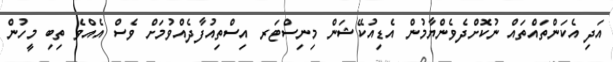
އަދި އެކަންތައްތައް ނުކޮށްދެވެންޔާމުން އެޑިއުކޭޝަން މިނިސްޓަރ އިސްތިއުފާދެއްވުމަށް ވެސް އެއްވެ ތިބި މީހުން